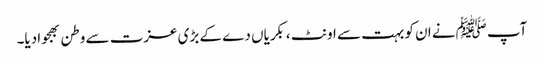
آپ ﷺنے ان کو بہت سے اونٹ ،بکریاں دے کے بڑی عزت سے وطن بھجوادیا۔